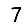
Digit: 7